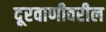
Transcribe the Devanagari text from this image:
दूरवाणीवरील